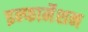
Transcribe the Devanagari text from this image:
इन्‍फार्मेशन